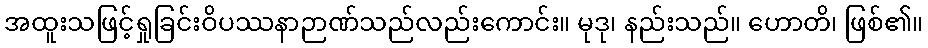
အထူးသဖြင့်ရှုခြင်းဝိပဿနာဉာဏ်သည်လည်းကောင်း။ မုဒု၊ နည်းသည်။ ဟောတိ၊ ဖြစ်၏။